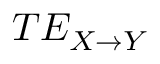
T E _ { X \rightarrow Y }